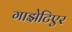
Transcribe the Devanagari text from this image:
गाझेटिएर